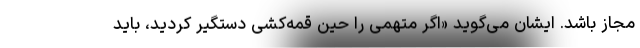
مجاز باشد. ایشان می‌گوید «اگر متهمی را حین قمه‌کشی دستگیر کردید، باید